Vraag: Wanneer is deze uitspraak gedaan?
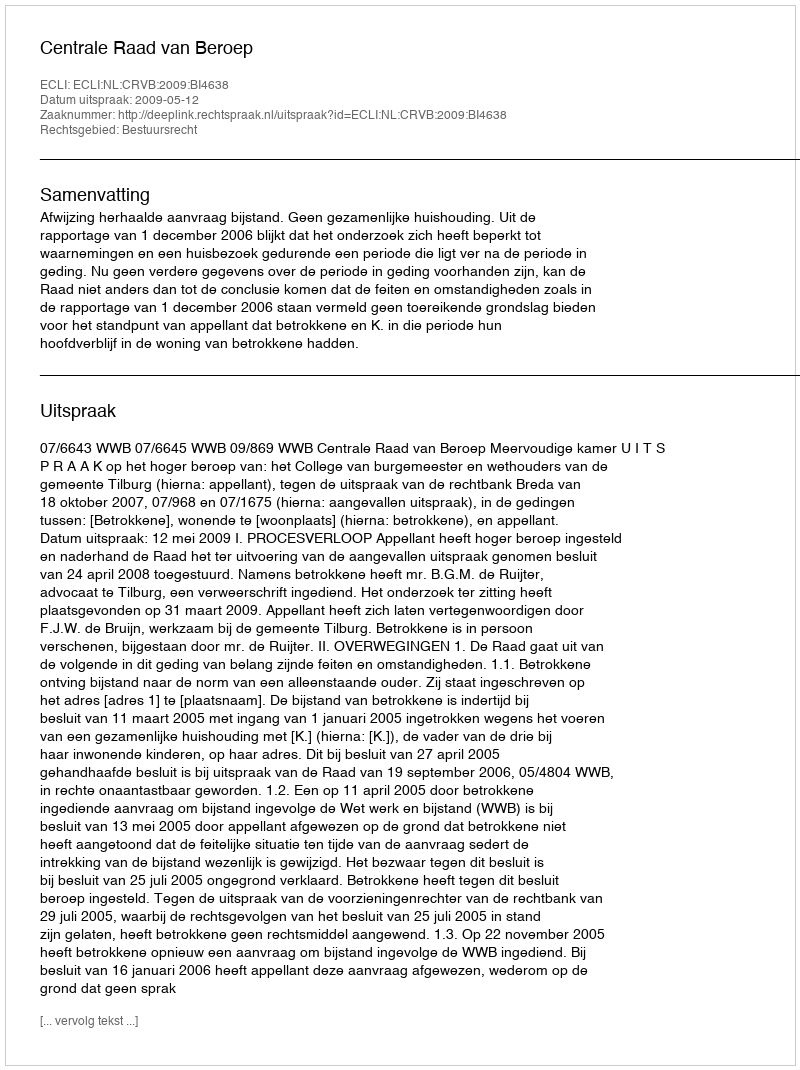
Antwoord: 2009-05-12